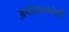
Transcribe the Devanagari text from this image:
अपोसायनेशी